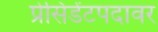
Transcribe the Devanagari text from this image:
प्रेसिडेंटपदावर